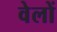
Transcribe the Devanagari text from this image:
वेलों